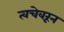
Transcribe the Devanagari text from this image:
त्वचेवरून